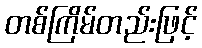
တစ်ကြိမ်တည်းဖြင့်